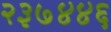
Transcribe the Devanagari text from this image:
२३७४४६